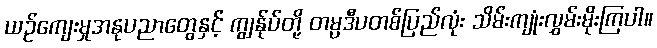
ယဉ်ကျေးမှုအနုပညာတွေနှင့် ကျွန်ုပ်တို့ တမ္ပဒီပတစ်ပြည်လုံး သိမ်းကျုံးလွှမ်းမိုးကြပါ။